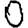
Digit: 0